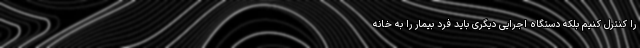
را کنترل کنیم بلکه دستگاه اجرایی دیگری باید فرد بیمار را به خانه